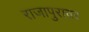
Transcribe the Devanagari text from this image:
राजापुरावर